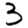
Digit: 3